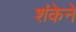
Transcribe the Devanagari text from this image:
शंकेने